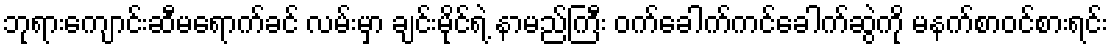
ဘုရားကျောင်းဆီမရောက်ခင် လမ်းမှာ ချင်းမိုင်ရဲ့ နာမည်ကြီး ဝက်ခေါက်ကင်ခေါက်ဆွဲကို မနက်စာဝင်စားရင်း